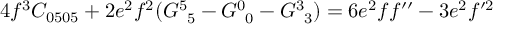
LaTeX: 4 f ^ { 3 } C _ { 0 5 0 5 } + 2 e ^ { 2 } f ^ { 2 } ( G _ { \phantom { 5 } 5 } ^ { 5 } - G _ { \phantom { 0 } 0 } ^ { 0 } - G _ { \phantom { 3 } 3 } ^ { 3 } ) = 6 e ^ { 2 } f f ^ { \prime \prime } - 3 e ^ { 2 } f ^ { \prime 2 }